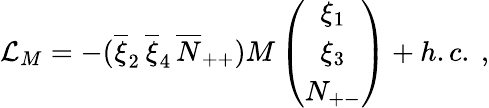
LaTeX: \mathcal{L}_{M}=-(\overline{{{\xi}}}_{2}\, \overline{{{\xi}}}_{4}\, \overline{{{N}}}_{++})M\left(\begin{array}{c}{{\xi_{1}}}\\ {{\xi_{3}}}\\ {{N_{+-}}}\end{array}\right)+h.c.\ ,